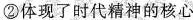
②体现了时代精神的核心